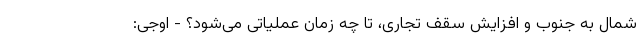
شمال به جنوب و افزایش سقف تجاری، تا چه زمان عملیاتی می‌شود؟ - اوجی: